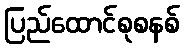
ပြည်ထောင်စုစနစ်